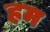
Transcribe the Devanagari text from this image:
हम